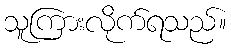
သူကြားလိုက်ရသည်။